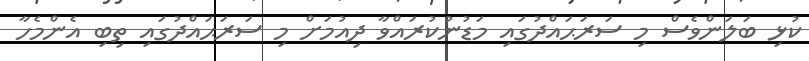
ކުޅި ބަލަންވެސް މި ސަރަޙައްދުގައި މަޑުނުކުރައްވާ ދިއުމަށް މި ސަރަޙައްދުގައި ތިބި އެންމެހާ